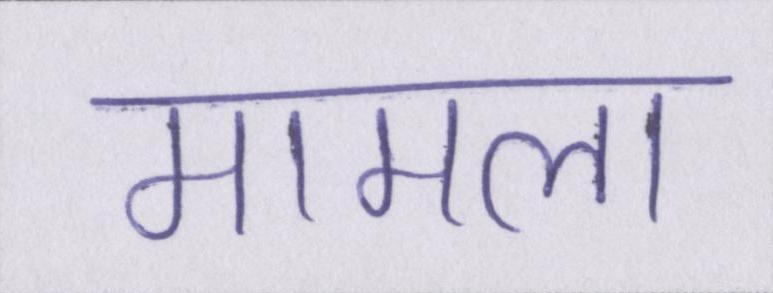
मामला